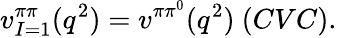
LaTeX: v_{I=1}^{\pi\pi}(q^{2})=v^{\pi\pi^{0}}(q^{2})~(CVC).